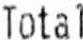
TOTAL